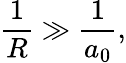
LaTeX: \frac{1}{R}\gg\frac{1}{a_{0}},